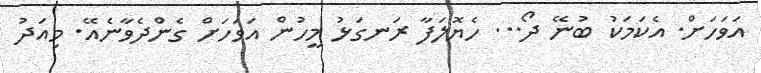
އަވަހަށް. އެކަމަކު ބުނޭ ދޯ... ހެޔޮލަފާ ރަނގަޅު މީހުން އަވަހަށް ގެންދެވާނެއޭ. މިއަދު